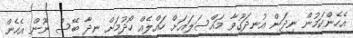
އެހެންކަމުން ނިދަން އުނދަގޫވާ މައްސަލައަށް ހައްލެއް ހޯދުމަށް ނިދާ ބޭސް ނޫން އެހެން